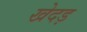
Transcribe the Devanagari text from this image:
खेदड़